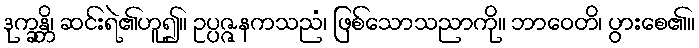
ဒုက္ခန္တိ၊ ဆင်းရဲ၏ဟူ၍။ ဥပ္ပဇ္ဇနကသညံ၊ ဖြစ်သောသညာကို။ ဘာဝေတိ၊ ပွားစေ၏။